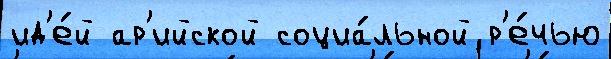
ид'е́й ар'ийской социа́льной р'е́чью